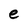
Character: e